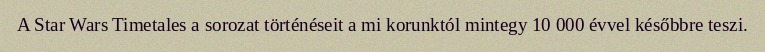
A Star Wars Timetales a sorozat történéseit a mi korunktól mintegy 10 000 évvel későbbre teszi.